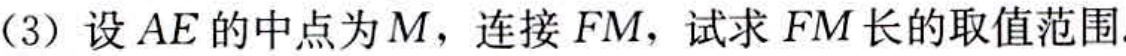
(3) 设 \(AE\) 的中点为 \(M\)，连接 \(FM\)，试求 \(FM\) 长的取值范围.